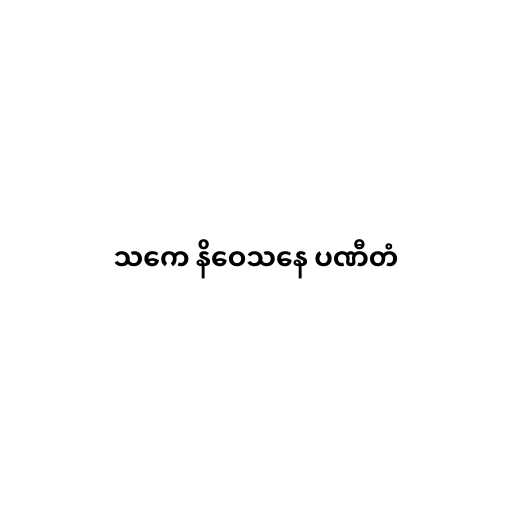
သကေ နိဝေသနေ ပဏီတံ